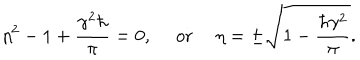
LaTeX: \eta ^ { 2 } - 1 + \frac { \gamma ^ { 2 } \hbar } { \pi } = 0 , ~ ~ \mathrm { o r } ~ ~ \eta = \pm \sqrt { 1 - \frac { \hbar \gamma ^ { 2 } } { \pi } } .